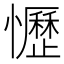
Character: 𢤩